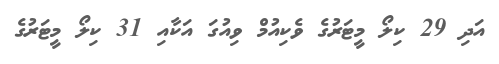
އަދި 29 ކިލޯ މީޓަރުގެ ވެކިއުމް ވިއުގަ އަކާއި 31 ކިލޯ މީޓަރުގެ